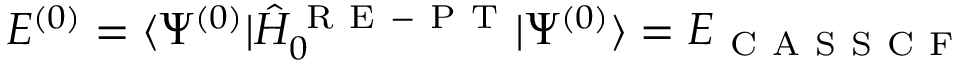
E ^ { ( 0 ) } = \langle \Psi ^ { ( 0 ) } | \hat { H } _ { 0 } ^ { \mathrm { ~ R ~ E ~ - ~ P ~ T ~ } } | \Psi ^ { ( 0 ) } \rangle = E _ { \mathrm { ~ C ~ A ~ S ~ S ~ C ~ F ~ } }